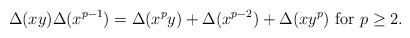
LaTeX: \begin{align*}\Delta(xy) \Delta(x^{p-1}) = \Delta(x^py) + \Delta(x^{p-2})+\Delta(xy^{p}) \mbox{ {\rm for} } p\geq 2.\end{align*}